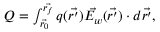
\begin{array} { r } { Q = \int _ { \vec { r _ { 0 } } } ^ { \vec { r _ { f } } } q ( \vec { r ^ { \prime } } ) \vec { E _ { w } } ( \vec { r ^ { \prime } } ) \cdot d \vec { r ^ { \prime } } , } \end{array}